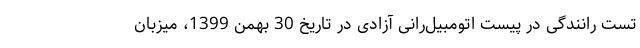
تست رانندگی در پیست اتومبیل‌رانی آزادی در تاریخ 30 بهمن 1399، میزبان